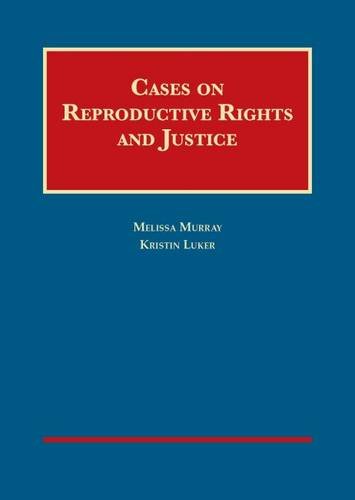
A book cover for Cases on Reproductive Rights and Justice (University Casebook Series); Melissa Murray; Law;